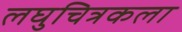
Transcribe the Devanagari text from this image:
लघुचित्रकला